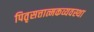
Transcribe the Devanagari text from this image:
पितृसत्तात्मकव्यवस्था